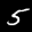
Label: 5